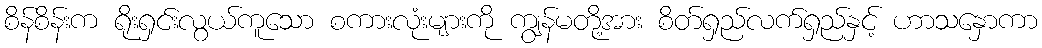
စိန်စိန်းက ရိုးရှင်းလွယ်ကူသော စကားလုံးများကို ကျွန်မတို့အား စိတ်ရှည်လက်ရှည်နှင့် ဟာသနှောကာ